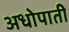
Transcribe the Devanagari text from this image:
अधोपाती